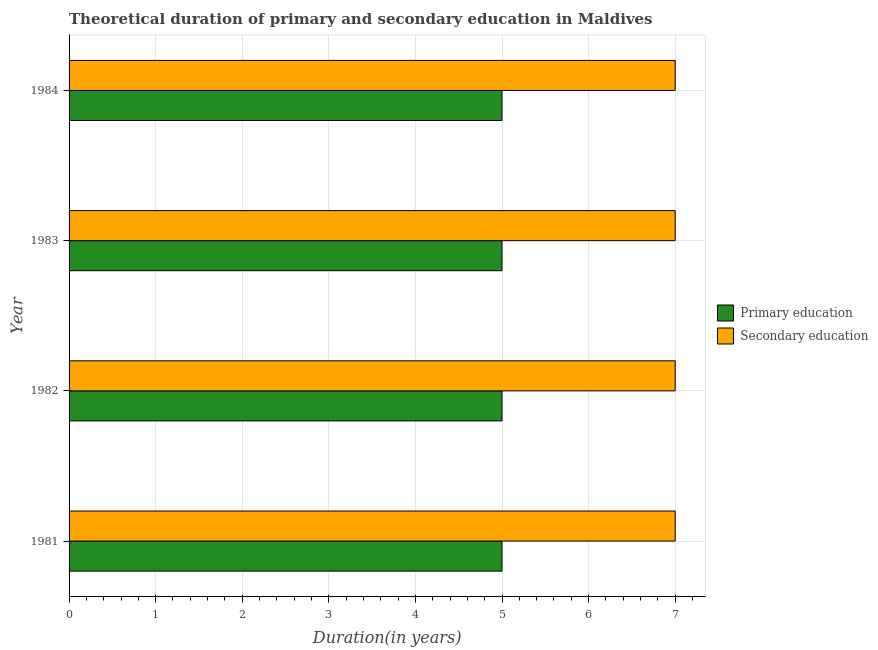
| Year | Primary education | Secondary education |
 | --- | --- | --- |
 | 1981 | 5 | 7 |
 | 1982 | 5 | 7 |
 | 1983 | 5 | 7 |
 | 1984 | 5 | 7 |